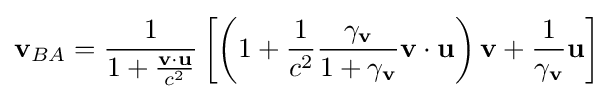
\mathbf {v} _{BA}={\frac {1}{1+{\frac {\mathbf {v} \cdot \mathbf {u} }{c^{2}}}}}\left[\left(1+{\frac {1}{c^{2}}}{\frac {\gamma _{\mathbf {v} }}{1+\gamma _{\mathbf {v} }}}\mathbf {v} \cdot \mathbf {u} \right)\mathbf {v} +{\frac {1}{\gamma _{\mathbf {v} }}}\mathbf {u} \right]